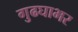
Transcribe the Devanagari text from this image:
गुढघाभर